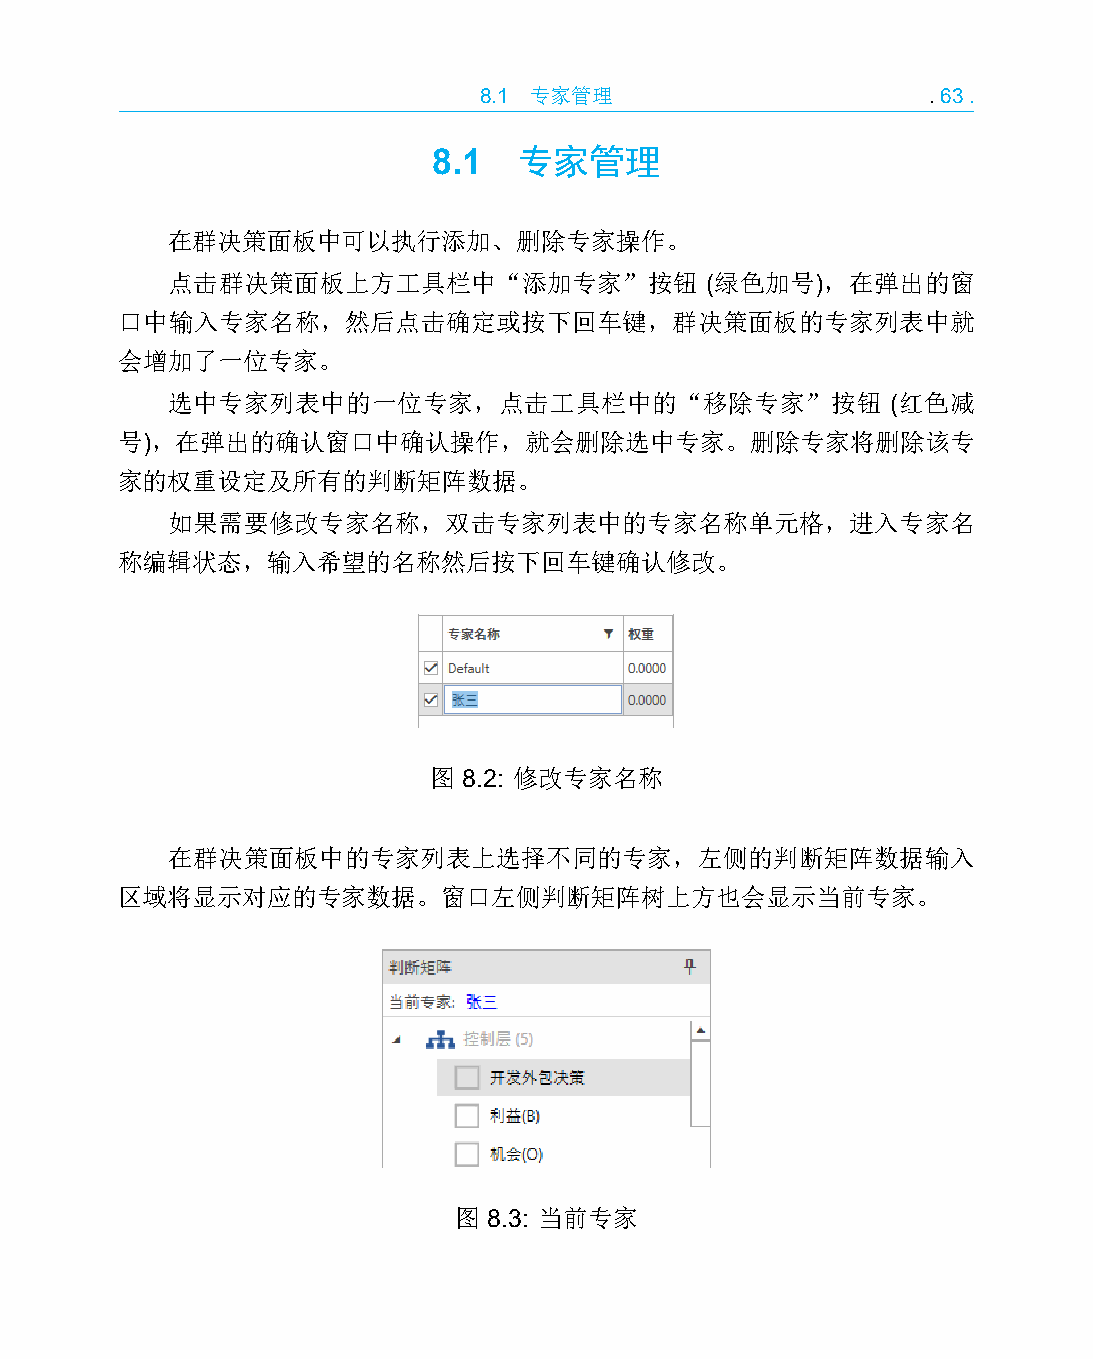
8.1 专家管理                     .63.
 8.1  专家管理
 在群决策面板中可以执行添加、删除专家操作。
 点击群决策面板上方工具栏中“添加专家”按钮               (绿色加号)，在弹出的窗
 口中输入专家名称，然后点击确定或按下回车键，群决策面板的专家列表中就
 会增加了一位专家。
 选中专家列表中的一位专家，点击工具栏中的“移除专家”按钮                    (红色减
 号)，在弹出的确认窗口中确认操作，就会删除选中专家。删除专家将删除该专
 家的权重设定及所有的判断矩阵数据。
 如果需要修改专家名称，双击专家列表中的专家名称单元格，进入专家名
 称编辑状态，输入希望的名称然后按下回车键确认修改。
 图  8.2: 修改专家名称
 在群决策面板中的专家列表上选择不同的专家，左侧的判断矩阵数据输入
 区域将显示对应的专家数据。窗口左侧判断矩阵树上方也会显示当前专家。
 图 8.3: 当前专家